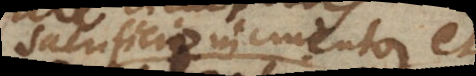
sacrificio incruento et